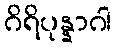
ဂိရိပုန္နာဂါ